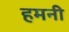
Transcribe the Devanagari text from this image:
हमनी